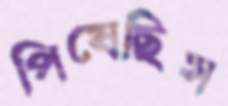
পিষেছিস